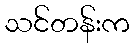
သင်တန်းက